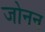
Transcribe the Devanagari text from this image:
जोनन